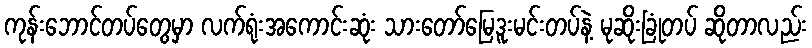
ကုန်းဘောင်တပ်တွေမှာ လက်ရုံးအကောင်းဆုံး သားတော်မြေဒူးမင်းတပ်နဲ့ မုဆိုးခြုံတပ် ဆိုတာလည်း